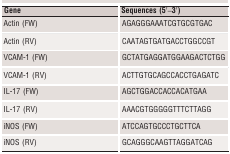
| Gene | Sequences (5′–3′) |
 | --- | --- |
 | Actin (FW) | AGAGGGAAATCGTGCGTGAC |
 | Actin (RV) | CAATAGTGATGACCTGGCCGT |
 | VCAM‐1 (FW) | GCTATGAGGATGGAAGACTCTGG |
 | VCAM‐1 (RV) | ACTTGTGCAGCCACCTGAGATC |
 | IL‐17 (FW) | AGCTGGACCACCACATGAA |
 | IL‐17 (RV) | AAACGTGGGGGTTTCTTAGG |
 | iNOS (FW) | ATCCAGTGCCCTGCTTCA |
 | iNOS (RV) | GCAGGGCAAGTTAGGATCAG |